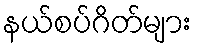
နယ်စပ်ဂိတ်များ